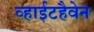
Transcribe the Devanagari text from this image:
व्हाईटहैवेन